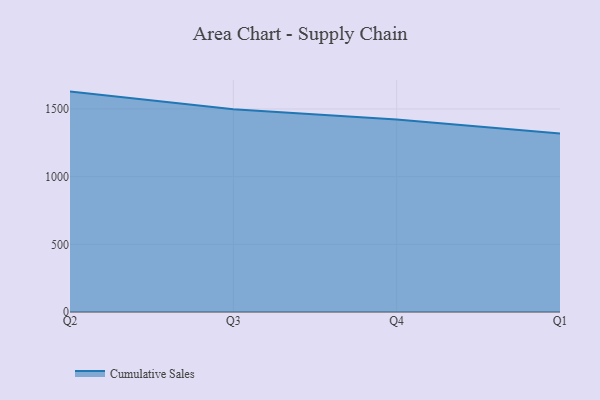
{"axis": {"x": "Quarter", "y": "Budget (USD K)"}, "legend": ["Cumulative Sales"], "data": [{"x": "Q2", "y": 1628.5, "type": "Cumulative Sales"}, {"x": "Q3", "y": 1497.3, "type": "Cumulative Sales"}, {"x": "Q4", "y": 1421.5, "type": "Cumulative Sales"}, {"x": "Q1", "y": 1318.3, "type": "Cumulative Sales"}]}